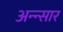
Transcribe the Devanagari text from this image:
अन्न्सार